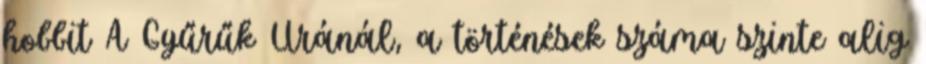
hobbit A Gyűrűk Uránál, a történések száma szinte alig